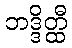
ဘဒ္ဒိတ္ထီ